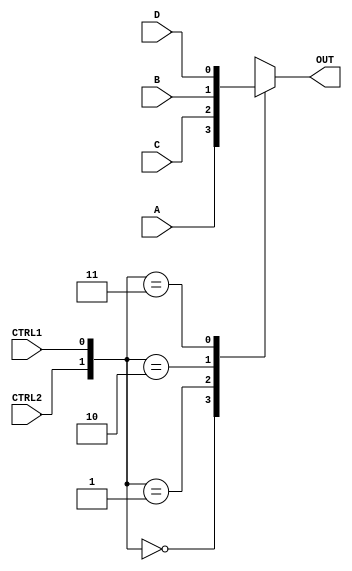
module MUX4to1 (
    input wire A,
    input wire B,
    input wire C,
    input wire D,
    input wire CTRL1,
    input wire CTRL2,
    output reg OUT
);
    always @(*) begin
        case ({CTRL2, CTRL1})
            2'b00: OUT = A;
            2'b01: OUT = C;
            2'b10: OUT = B;
            2'b11: OUT = D;
            default: OUT = 0;
        endcase
    end
endmodule